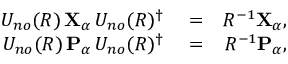
\begin{array} { r l r } { U _ { n o } ( R ) \, { \mathbf { X } } _ { \alpha } \, U _ { n o } ( R ) ^ { \dagger } } & { { } = } & { R ^ { - 1 } { \mathbf { X } } _ { \alpha } , } \\ { U _ { n o } ( R ) \, { \mathbf { P } } _ { \alpha } \, U _ { n o } ( R ) ^ { \dagger } } & { { } = } & { R ^ { - 1 } { \mathbf { P } } _ { \alpha } , } \end{array}